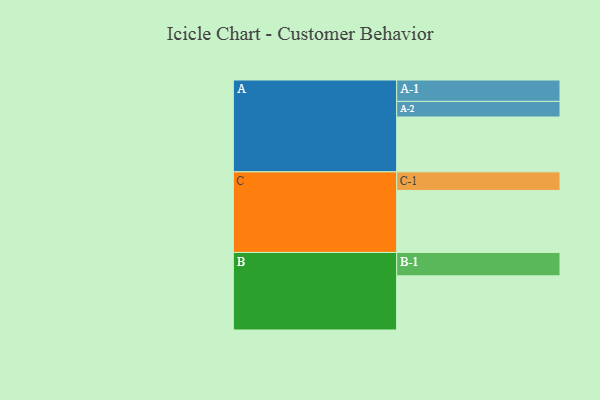
{"axis": {"x": "Segment", "y": "Value"}, "legend": ["", "A", "B", "C"], "data": [{"x": "A", "y": 467, "type": ""}, {"x": "B", "y": 461, "type": ""}, {"x": "C", "y": 528, "type": ""}, {"x": "A-1", "y": 182, "type": "A"}, {"x": "A-2", "y": 133, "type": "A"}, {"x": "B-1", "y": 199, "type": "B"}, {"x": "C-1", "y": 158, "type": "C"}]}